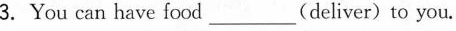
3.You can have food ___ (deliver) to you.